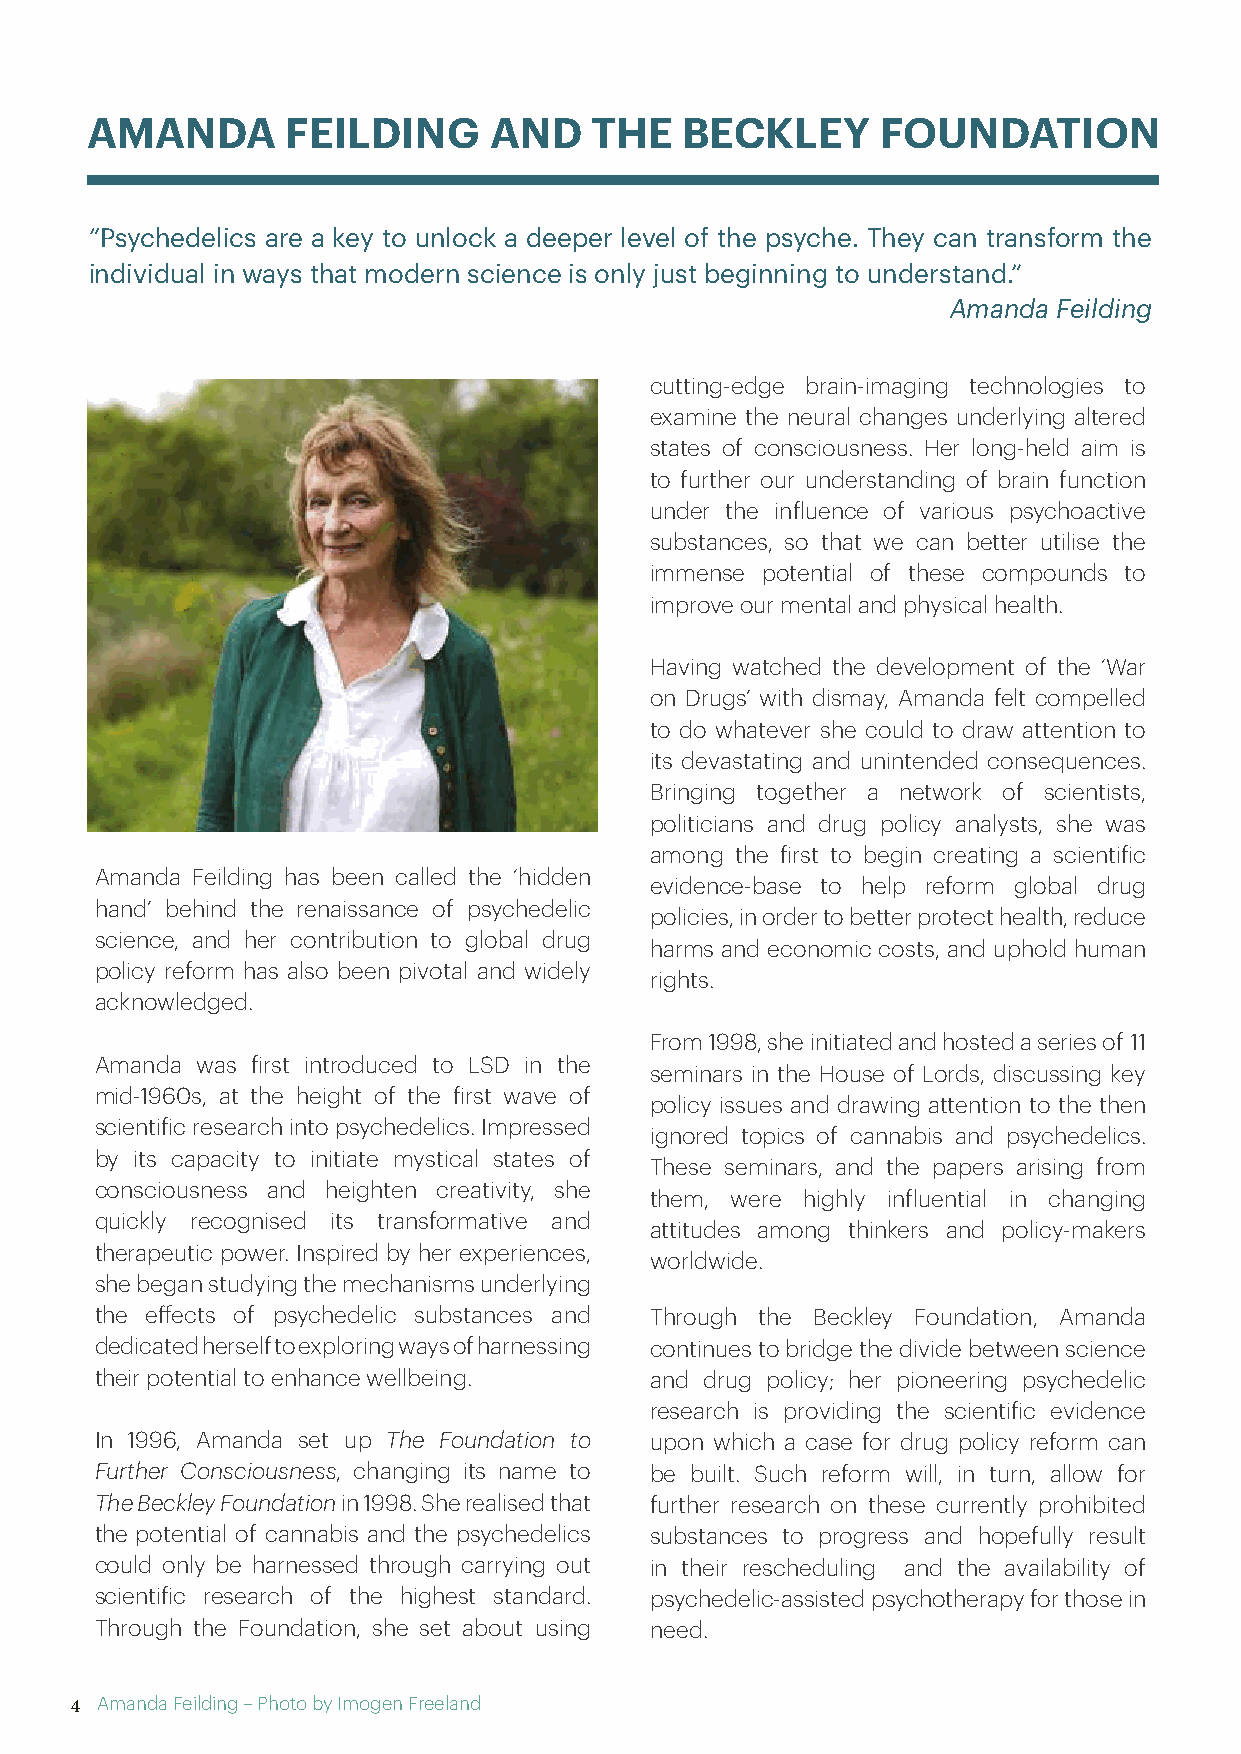
.
 AMANDA       FEILDING     AND    THE   BECKLEY      FOUNDATION
 “Psychedelics are a key to unlock a deeper level of the psyche. They can transform the
 individual in ways that modern science is only just beginning to understand.”
 Amanda Feilding
 cutting-edge brain-imaging technologies to
 examine the neural changes underlying altered
 states of consciousness. Her long-held aim is
 to further our understanding of brain function
 under the influence of various psychoactive
 substances, so that we can better utilise the
 immense potential of these compounds to
 improve our mental and physical health.
 Having watched the development of the ‘War
 on Drugs’ with dismay, Amanda felt compelled
 to do whatever she could to draw attention to
 its devastating and unintended consequences.
 Bringing together a network of scientists,
 politicians and drug policy analysts, she was
 among the first to begin creating a scientific
 Amanda Feilding has been called the ‘hidden
 evidence-base to help reform global drug
 hand’ behind the renaissance of psychedelic
 policies, in order to better protect health, reduce
 science, and her contribution to global drug
 harms and economic costs, and uphold human
 policy reform has also been pivotal and widely
 rights.
 acknowledged.
 From 1998, she initiated and hosted a series of 11
 Amanda was first introduced to LSD in the
 seminars in the House of Lords, discussing key
 mid-1960s, at the height of the first wave of
 policy issues and drawing attention to the then
 scientific research into psychedelics. Impressed
 ignored topics of cannabis and psychedelics.
 by its capacity to initiate mystical states of
 These seminars, and the papers arising from
 consciousness and heighten creativity, she
 them, were highly influential in changing
 quickly recognised its transformative and
 attitudes among thinkers and policy-makers
 therapeutic power. Inspired by her experiences,
 worldwide.
 she began studying the mechanisms underlying
 the effects of psychedelic substances and Through the Beckley Foundation, Amanda
 dedicated herself to exploring ways of harnessing continues to bridge the divide between science
 their potential to enhance wellbeing. and drug policy; her pioneering psychedelic
 research is providing the scientific evidence
 In 1996, Amanda set up The Foundation to upon which a case for drug policy reform can
 Further Consciousness, changing its name to be built. Such reform will, in turn, allow for
 The Beckley Foundation in 1998. She realised that further research on these currently prohibited
 the potential of cannabis and the psychedelics substances to progress and hopefully result
 could only be harnessed through carrying out in their rescheduling and the availability of
 scientific research of the highest standard. psychedelic-assisted psychotherapy for those in
 Through the Foundation, she set about using need.
 4 Amanda Feilding – Photo by Imogen Freeland